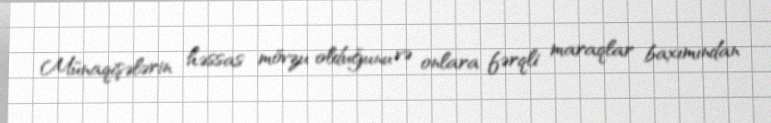
Münaqişələrin həssas mövzu olduğunu və onlara fərqli maraqlar baxımından